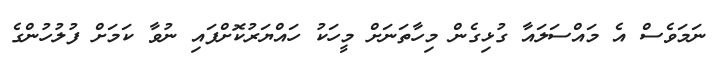
ނަމަވެސް އެ މައްސަލައާ ގުޅިގެން މިހާތަނަށް މީހަކު ހައްޔަރުކޮށްފައި ނުވާ ކަމަށް ފުލުހުންގެ